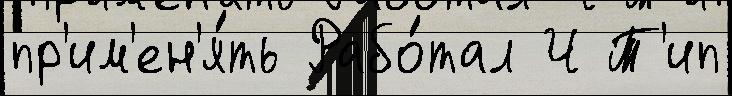
пр'им'ен'я́ть Рабо́тал Ч Т'ип